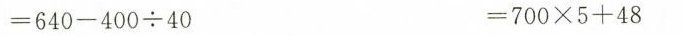
$$= 6 4 0 - 4 0 0 \div 4 0$$ $$=7 0 0 \times 5 +4 8$$